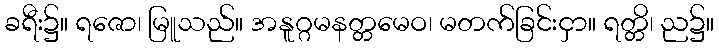
ခရီး၌။ ရဇော၊ မြူသည်။ အနူဂ္ဂမနတ္တမေဝ၊ မတက်ခြင်းငှာ။ ရတ္တိ၊ ည၌။